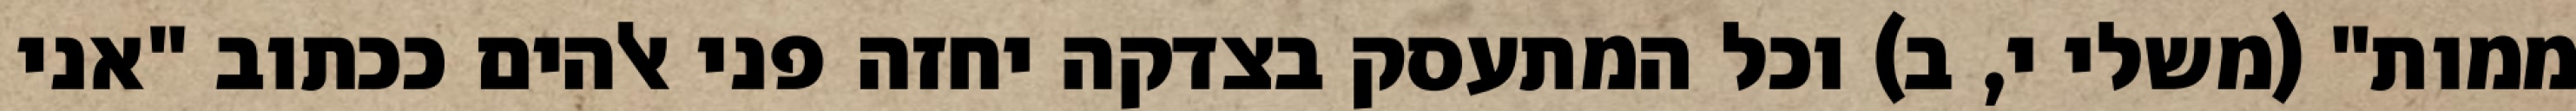
ממות" (משלי י, ב) וכל המתעסק בצדקה יחזה פני אלהים ככתוב "אני